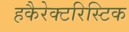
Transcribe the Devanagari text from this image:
हकैरेक्टरिस्टिक